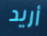
أريد